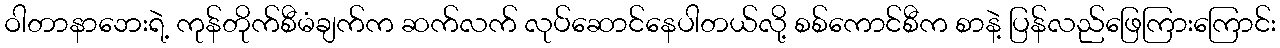
ဝါတာနာဘေးရဲ့ ကုန်တိုက်စီမံချက်က ဆက်လက် လုပ်ဆောင်နေပါတယ်လို့ စစ်ကောင်စီက စာနဲ့ ပြန်လည်ဖြေကြားကြောင်း